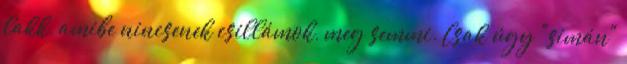
lakk, amibe nincsenek csillámok, meg semmi. Csak úgy "simán"